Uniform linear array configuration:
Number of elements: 24
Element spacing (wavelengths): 0.75
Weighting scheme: exponential
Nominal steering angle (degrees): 15
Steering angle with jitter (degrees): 13.1
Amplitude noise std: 0.05
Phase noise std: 0.05

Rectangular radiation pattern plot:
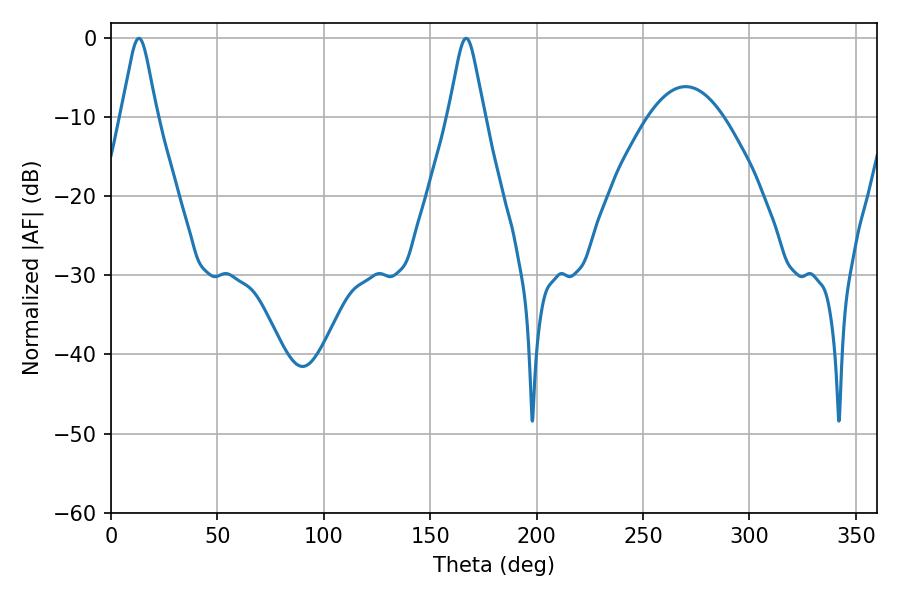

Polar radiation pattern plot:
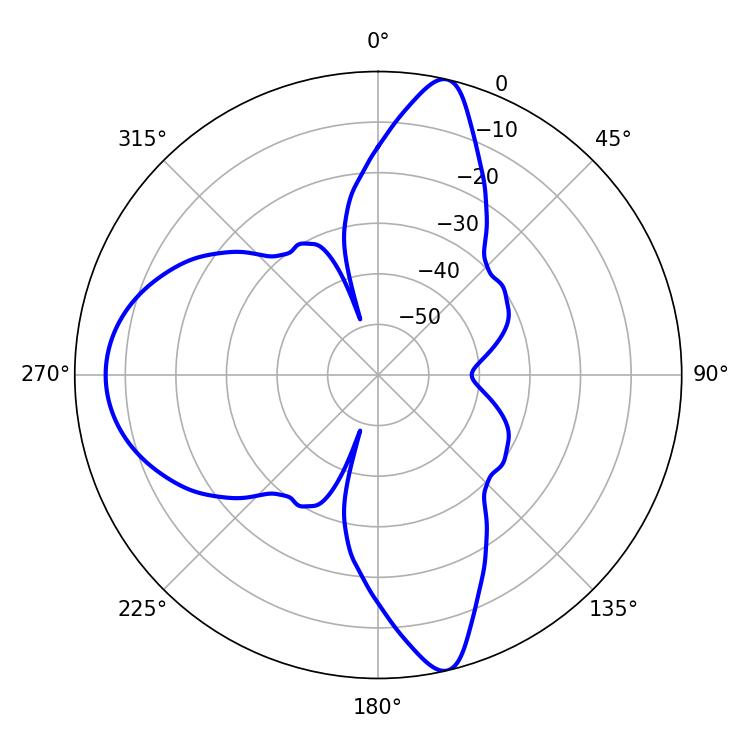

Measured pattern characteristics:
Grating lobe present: TRUE
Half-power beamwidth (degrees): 7.92
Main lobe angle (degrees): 13.14